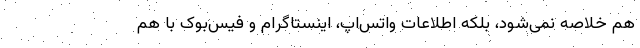
هم خلاصه نمی‌شود، بلکه اطلاعات واتس‌اپ، اینستاگرام و فیس‌بوک با هم